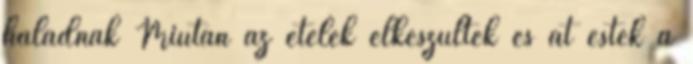
haladnak Miután az ételek elkészültek és át estek a